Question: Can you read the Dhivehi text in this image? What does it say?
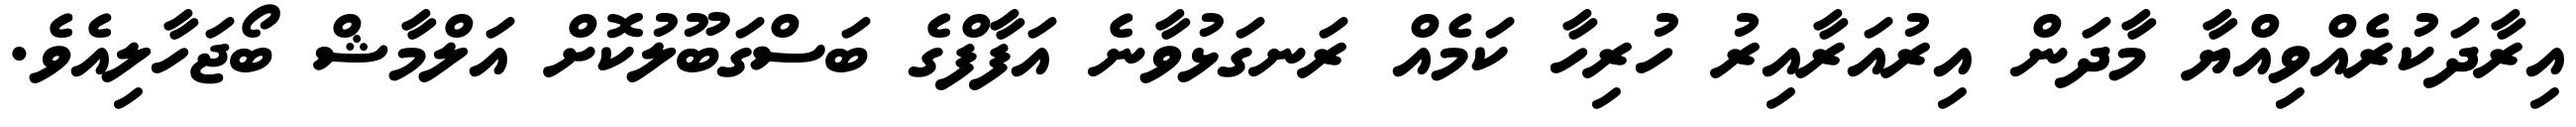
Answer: އިރާދަކުރެއްވިއްޔާ މާދަން އިރުއަރާއިރު ހުރިހާ ކަމެއް ރަނގަޅުވާނެ އަފާފްގެ ބަސްގަބޫލުކޮށް އަލްމާޝް ބޯޖަހާލިއެވެ.